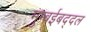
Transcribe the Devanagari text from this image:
मुम्बईबद्दल